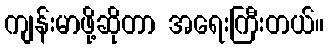
ကျန်းမာဖို့ဆိုတာ အရေးကြီးတယ်။